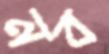
নব